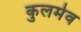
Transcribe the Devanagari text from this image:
कुलमेव